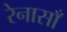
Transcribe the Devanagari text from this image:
रेनासाँ